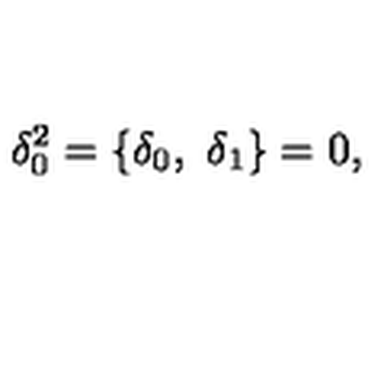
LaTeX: \delta _ { 0 } ^ { 2 } = \lbrace \delta _ { 0 } , \ \delta _ { 1 } \rbrace = 0 ,